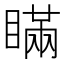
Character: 瞞